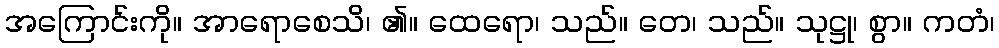
အကြောင်းကို။ အာရောစေသိ၊ ၏။ ထေရော၊ သည်။ တေ၊ သည်။ သုဋ္ဌု၊ စွာ။ ကတံ၊